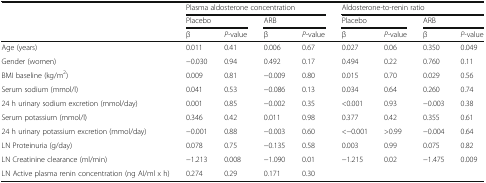
| <ROWSPAN=3>  | <COLSPAN=4> Plasma aldosterone concentration | <COLSPAN=4> Aldosterone-to-renin ratio |
 | <COLSPAN=2> Placebo | <COLSPAN=2> ARB | <COLSPAN=2> Placebo | <COLSPAN=2> ARB |
 | β | P-value | β | P-value | β | P-value | β | P-value |
 | --- | --- | --- | --- | --- | --- | --- | --- | --- |
 | Age (years) | 0.011 | 0.41 | 0.006 | 0.67 | 0.027 | 0.06 | 0.350 | 0.049 |
 | Gender (women) | −0.030 | 0.94 | 0.492 | 0.17 | 0.494 | 0.22 | 0.760 | 0.11 |
 | BMI baseline (kg/m2) | 0.009 | 0.81 | −0.009 | 0.80 | 0.015 | 0.70 | 0.029 | 0.56 |
 | Serum sodium (mmol/l) | 0.041 | 0.53 | −0.086 | 0.13 | 0.034 | 0.64 | 0.260 | 0.74 |
 | 24 h urinary sodium excretion (mmol/day) | 0.001 | 0.85 | −0.002 | 0.35 | <0.001 | 0.93 | −0.003 | 0.38 |
 | Serum potassium (mmol/l) | 0.346 | 0.42 | 0.011 | 0.98 | 0.377 | 0.42 | 0.355 | 0.61 |
 | 24 h urinary potassium excretion (mmol/day) | −0.001 | 0.88 | −0.003 | 0.60 | <−0.001 | >0.99 | −0.004 | 0.64 |
 | LN Proteinuria (g/day) | 0.078 | 0.75 | −0.135 | 0.58 | 0.003 | 0.99 | 0.075 | 0.82 |
 | LN Creatinine clearance (ml/min) | −1.213 | 0.008 | −1.090 | 0.01 | −1.215 | 0.02 | −1.475 | 0.009 |
 | LN Active plasma renin concentration (ng AI/ml x h) | 0.274 | 0.29 | 0.171 | 0.30 |  |  |  |  |